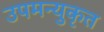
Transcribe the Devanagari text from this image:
उपमन्युकृत